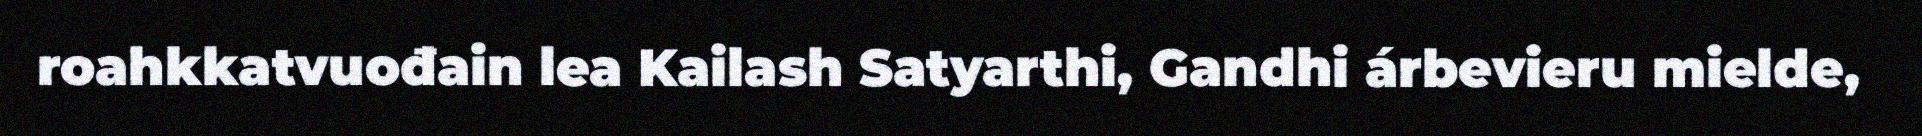
roahkkatvuođain lea Kailash Satyarthi, Gandhi árbevieru mielde,